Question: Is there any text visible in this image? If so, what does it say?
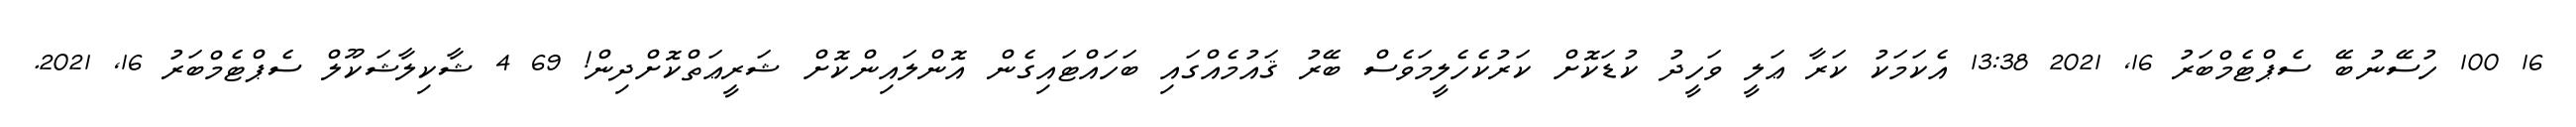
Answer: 16 100 ހުސޭނުބޭ ސެޕްޓެމްބަރު 16, 2021 13:38 އެކަމަކު ކަރާ ޢަލީ ވަހީދު ކުޑަކޮށް ކަރުކެހެލީމަވެސް ބޭރު ޤައުމެއްގައި ބަހައްޓައިގެން އޮންލައިންކޮށް ޝަރީޢަތްކޮށްދިން! 69 4 ޝާކިލާޝަކޫލް ސެޕްޓެމްބަރު 16, 2021.